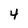
Character: 4